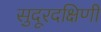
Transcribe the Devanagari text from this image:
सुदूरदक्षिणी